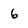
Character: 6